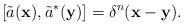
LaTeX: \begin{align*}[\tilde{a}(\mathbf{x}),\tilde{a}^*(\mathbf{y})]=\delta^n(\mathbf{x}-\mathbf{y}).\end{align*}